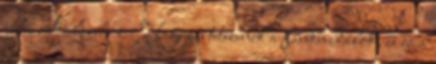
jeles alkalomhoz Nagyon tetszenek a fánkmedálok, és ez a